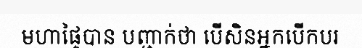
មហាផ្ទៃបាន បញ្ជាក់ថា បើសិនអ្នកបើកបរ